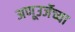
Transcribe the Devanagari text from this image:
अणूउर्जेच्या